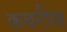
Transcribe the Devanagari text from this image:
कबरीस